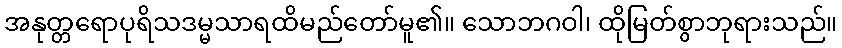
အနုတ္တရောပုရိသဒမ္မသာရထိမည်တော်မူ၏။ သောဘဂဝါ၊ ထိုမြတ်စွာဘုရားသည်။